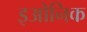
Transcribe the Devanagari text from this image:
इओनिक